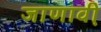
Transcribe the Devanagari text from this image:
जाणावी़